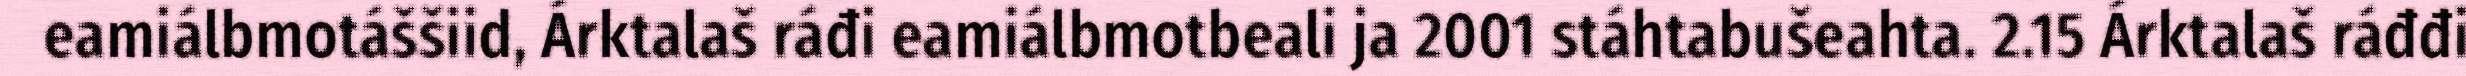
eamiálbmotáššiid, Árktalaš ráđi eamiálbmotbeali ja 2001 stáhtabušeahta. 2.15 Árktalaš ráđđi